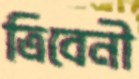
ত্রিবেনী